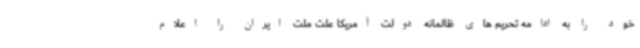
خود را به ادامه تحریم های ظالمانه دولت آمریکا علت ملت ایران را اعلام